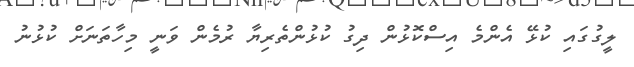
ލީގުގައި ކުޅޭ އެންމެ އިސްކޮޅުން ދިގު ކުޅުންތެރިޔާ ރުމެން ވަނީ މިހާތަނަށް ކުޅުނު